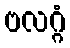
ဗလဂ္ဂံ